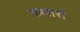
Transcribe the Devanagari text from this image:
कक्षासे